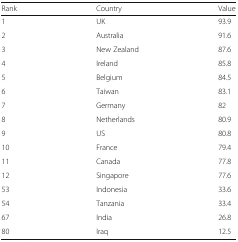
| Rank | Country | Value |
 | --- | --- | --- |
 | 1 | UK | 93.9 |
 | 2 | Australia | 91.6 |
 | 3 | New Zealand | 87.6 |
 | 4 | Ireland | 85.8 |
 | 5 | Belgium | 84.5 |
 | 6 | Taiwan | 83.1 |
 | 7 | Germany | 82 |
 | 8 | Netherlands | 80.9 |
 | 9 | US | 80.8 |
 | 10 | France | 79.4 |
 | 11 | Canada | 77.8 |
 | 12 | Singapore | 77.6 |
 | 53 | Indonesia | 33.6 |
 | 54 | Tanzania | 33.4 |
 | 67 | India | 26.8 |
 | 80 | Iraq | 12.5 |